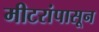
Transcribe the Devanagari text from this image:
मीटरांपासून